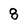
Character: 8